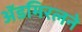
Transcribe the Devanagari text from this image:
ॲडमिरलने